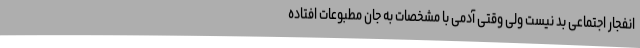
انفجار اجتماعی بد نیست ولی وقتی آدمی با مشخصات به جان مطبوعات افتاده